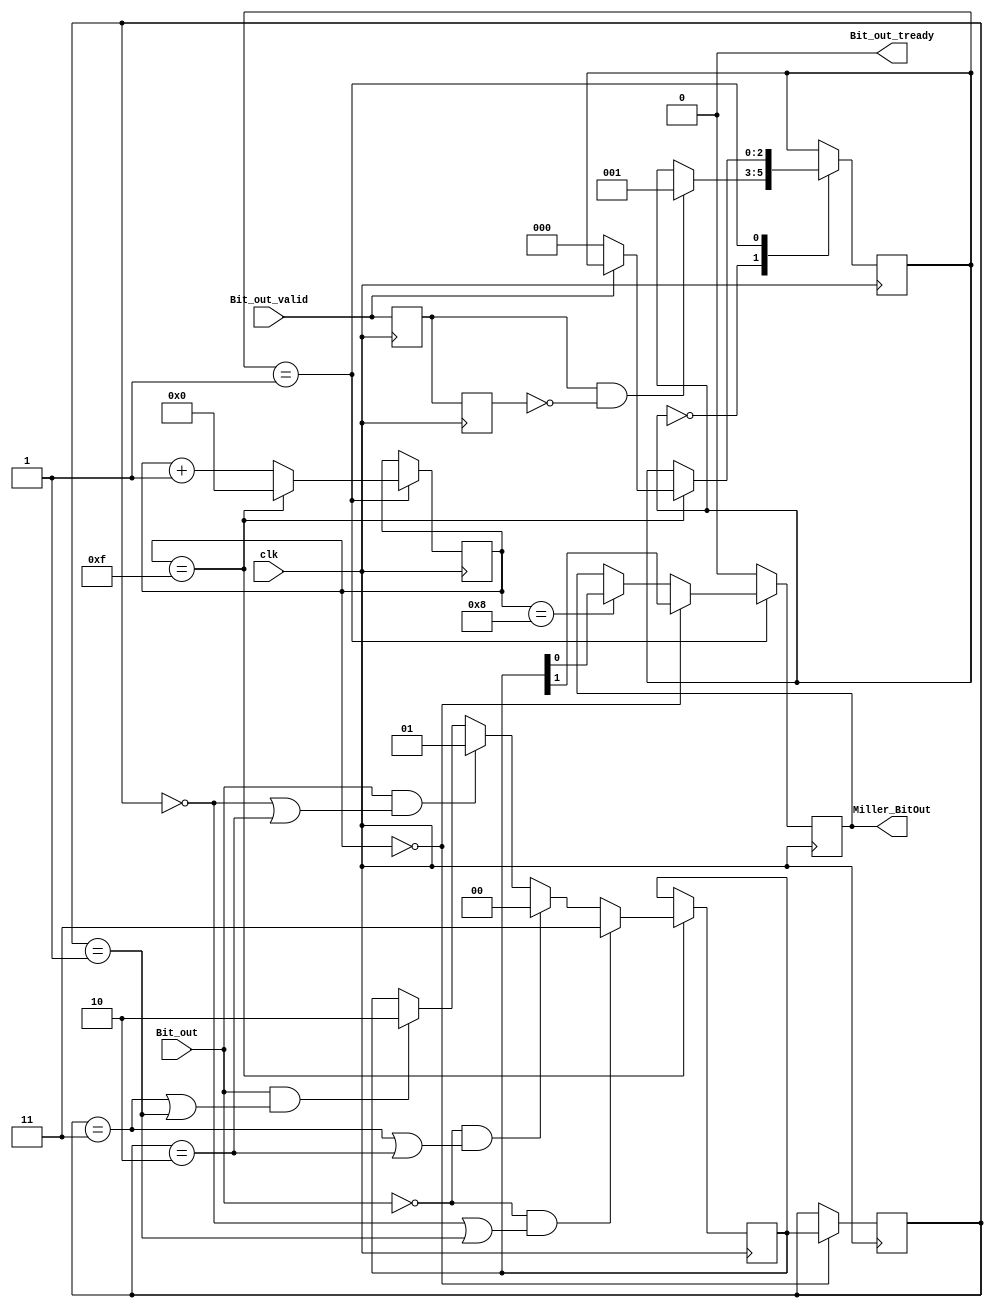
module Miller_Module(
 	input   			clk					,   //32M  
				
    input   			Bit_out				,
    input   			Bit_out_valid		,
    output  			Bit_out_tready=0	,
    
    output reg 			Miller_BitOut =0 		//2M  
);

reg     [7:0]   		clk_cnt = 0			;
		
reg     [2:0]   		state_reg = 0		;
reg     [1:0]   		send_tmp  = 0		;
		
reg [1:0]    			pre_send_tmp  = 0	;
reg             		Bit_out_valid_r1 = 0;
reg             		Bit_out_valid_r2 = 0;
wire            		Bit_out_valid_posedge = Bit_out_valid_r1 && (~Bit_out_valid_r2);
always @(posedge clk) begin
    Bit_out_valid_r1<=Bit_out_valid;
    Bit_out_valid_r2<=Bit_out_valid_r1;
end
    
always @ (posedge clk) begin
    case (state_reg)
    0:begin
        if(Bit_out_valid_posedge)
            state_reg<=1;
    end
    
    1:begin
        if(clk_cnt==32/2-1)   begin//输入时钟32M、曼切斯特速率2M
            clk_cnt<=0;
            if(Bit_out_valid==0)
                state_reg<=0;
        end                                    
        else
            clk_cnt<=clk_cnt+1;
    end
   endcase 
end

always @ (posedge clk) begin
    if(clk_cnt==15) begin                
        if(Bit_out==0 && (pre_send_tmp==2'b00  || pre_send_tmp==2'b01))
            send_tmp<=2'b11;
        else if(Bit_out==0 && (pre_send_tmp==2'b11 || pre_send_tmp==2'b10))
            send_tmp<=2'b00;
        else if(Bit_out==1 && (pre_send_tmp==2'b00  || pre_send_tmp==2'b10))
            send_tmp<=2'b01;
        else if(Bit_out==1 && (pre_send_tmp==2'b11  || pre_send_tmp==2'b01))
            send_tmp<=2'b10;
     end
     
     if(clk_cnt==0)  
        pre_send_tmp<= send_tmp;        
end

always @ (posedge clk) begin
    if(state_reg==1)
    begin
        if(clk_cnt==0)
            Miller_BitOut<=send_tmp[1];
        else if(clk_cnt==8)
            Miller_BitOut<=send_tmp[0];
    end
    else
            Miller_BitOut<=0;
end

assign   Bit_out_tready = (clk_cnt==13) ? 1'b1 :1'b0;  //提前2个时钟置高
endmodule